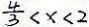
\frac { 4 } { 3 } < x < 2